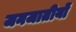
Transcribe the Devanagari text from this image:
जनजातीयों